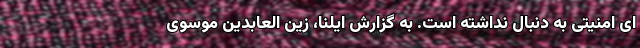
ای امنیتی به دنبال نداشته است. به گزارش‌ ایلنا، زین العابدین موسوی